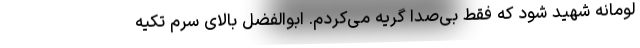
لومانه شهید شود که فقط بی‌صدا گریه می‌کردم. ابوالفضل بالای سرم تکیه